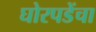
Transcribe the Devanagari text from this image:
घोरपडेंचा